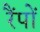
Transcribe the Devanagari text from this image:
रैंपों